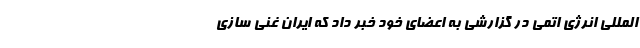
‌المللی انرژی اتمی در گزارشی به اعضای خود خبر داد که ایران غنی سازی